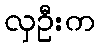
လှဦးက